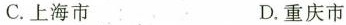
C.上海市 D.重庆市